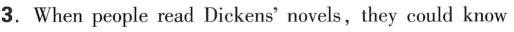
3.When people read Dickens' novels,they could know